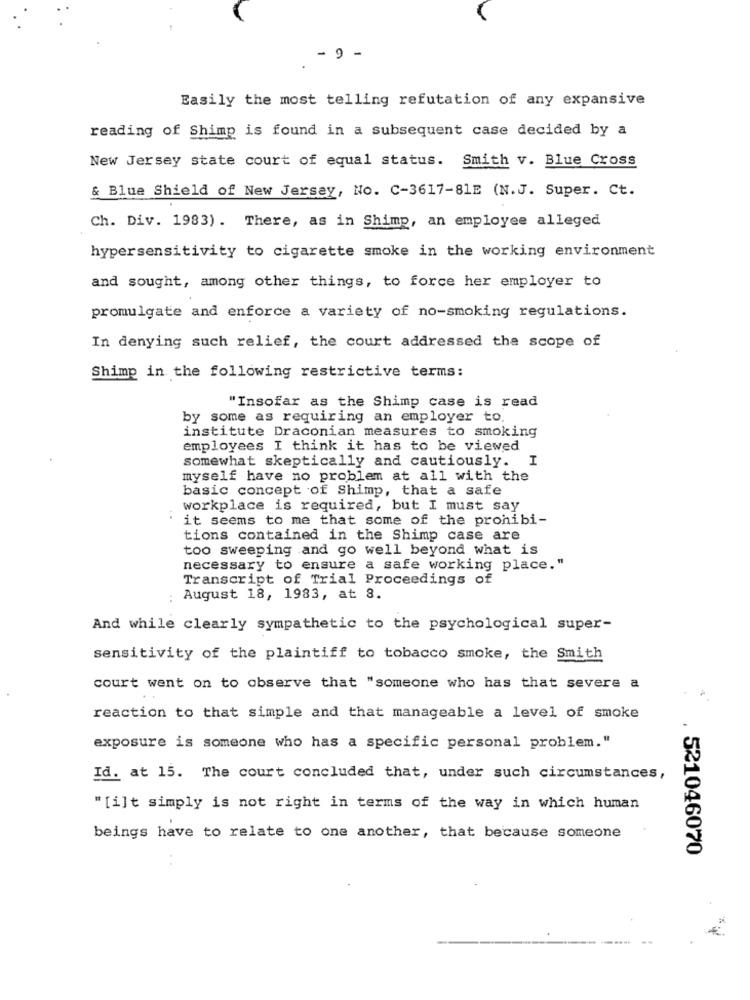
- 9 -
Easily the most telling refutation of any expansive
reading of Shimp is found in a subsequent case decided by a
New Jersey state court of equal status. Smith v. Blue Cross
& Blue Shield of New Jersey, No. C-3617-81E (N.J. Super. Ct.
Ch. Div. 1983) . There, as in Shimp, an employee alleged
hypersensitivity to cigarette smoke in the working environment
and sought, among other things, to force her employer to
promulgate and enforce a variety of no-smoking regulations.
In denying such relief, the court addressed the scope of
Shimp in the following restrictive terms:
"Insofar as the Shimp case is read
by some as requiring an employer to.
institute Draconian measures to smoking
employees I think it has to be viewed
somewhat skeptically and cautiously. I
myself have no problem at all with the
basic concept of Shimp, that a safe
workplace is required, but I must say
it seems to me that some of the prohibi-
tions contained in the Shimp case are
too sweeping and go well beyond what is
necessary to ensure a safe working place."
Transcript of Trial Proceedings of
August 18, 1983, at 8.
And while clearly sympathetic to the psychological super-
sensitivity of the plaintiff to tobacco smoke, the Smith
court went on to observe that "someone who has that severe a
reaction to that simple and that manageable a level of smoke
exposure is someone who has a specific personal problem."
Id. at 15. The court concluded that, under such circumstances,
"[i]t simply is not right in terms of the way in which human
beings have to relate to one another, that because someone
. 521046070